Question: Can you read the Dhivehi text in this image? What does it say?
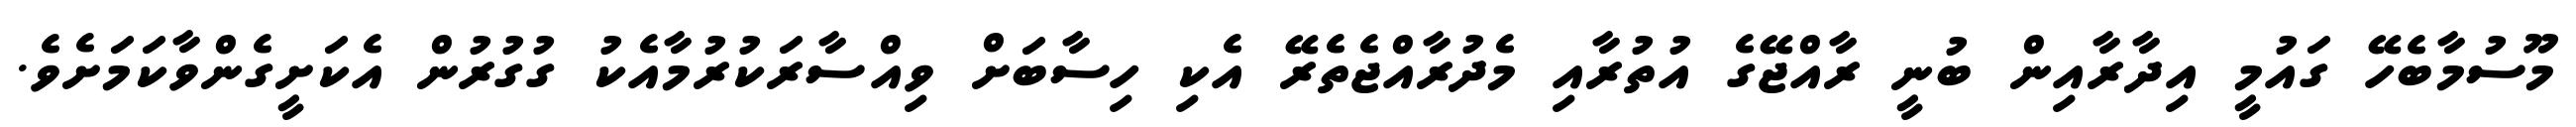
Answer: މޫސުމާބެހޭ ގައުމީ އިދާރާއިން ބުނީ ރާއްޖޭގެ އުތުރާއި މެދުރާއްޖެތެރޭ އެކި ހިސާބަށް ވިއްސާރަކުރުމާއެކު ގުގުރުން އެކަށީގެންވާކަމަށެވެ.